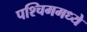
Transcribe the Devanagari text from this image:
पश्चिममध्ये